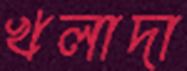
খলাদা